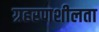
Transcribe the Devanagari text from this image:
ग्रहरणशीलता